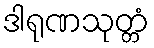
ဒါရုဏသုတ္တံ